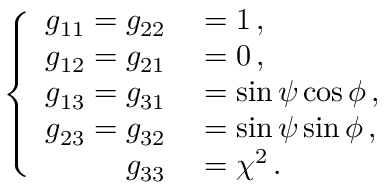
\left\{ \begin{array} { r l } { g _ { 1 1 } = g _ { 2 2 } } & { { } = 1 \, , } \\ { g _ { 1 2 } = g _ { 2 1 } } & { { } = 0 \, , } \\ { g _ { 1 3 } = g _ { 3 1 } } & { { } = \sin \psi \cos \phi \, , } \\ { g _ { 2 3 } = g _ { 3 2 } } & { { } = \sin \psi \sin \phi \, , } \\ { g _ { 3 3 } } & { { } = \chi ^ { 2 } \, . } \end{array} \right.